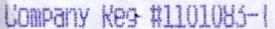
COMPANY REG #1101083-1